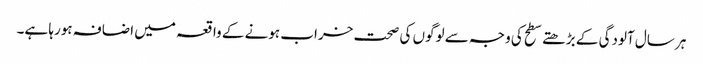
ہر سال آلودگی کے بڑھتے سطح کی وجہ سے لوگوں کی صحت خراب ہونے کے واقعہ میں اضافہ ہورہا ہے۔